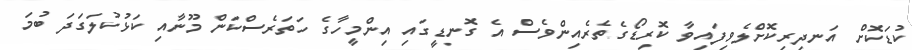
ކުޑަކޮށް އަނދިރިކޮށްލެވިފައިވާ ކޮރިޑޯގެތެރެއިންވެސް އެ ގޮނޑީގައި އިންމީހާގެ ހަތަރެސްކަން މޫނާއި ކަޅުކުލަގަދަ ބުމަ